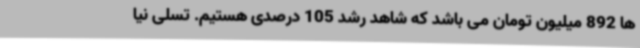
ها 892 میلیون تومان می باشد که شاهد رشد 105 درصدی هستیم. تسلی نیا